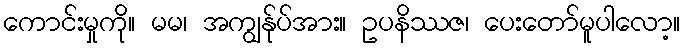
ကောင်းမှုကို။ မမ၊ အကျွန်ုပ်အား။ ဥပနိဿဇ၊ ပေးတော်မူပါလော့။